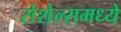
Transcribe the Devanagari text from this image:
सेशेल्समध्ये